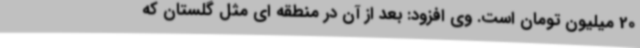
20 میلیون تومان است. وی افزود: بعد از آن در منطقه ای مثل گلستان که